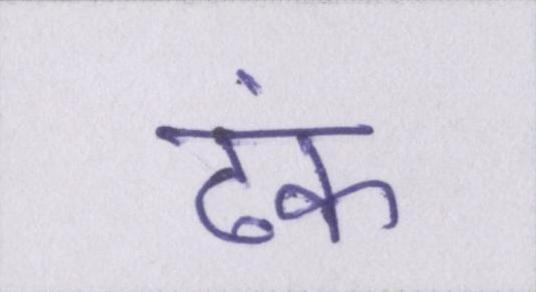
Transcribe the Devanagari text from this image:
ढंक